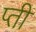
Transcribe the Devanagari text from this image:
प्ती